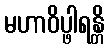
မဟာဝိပ္ဖါရန္တိ